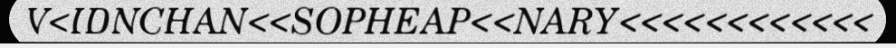
V<IDNCHAN<<SOPHEAP<<NARY<<<<<<<<<<<<